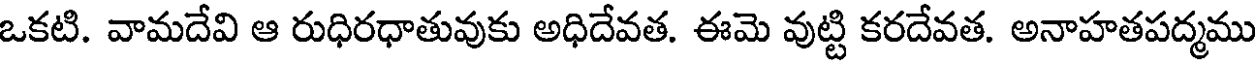
ఒకటి. వామదేవి ఆ రుధిరధాతువుకు అధిదేవత. ఈమె వుట్టి కరదేవత. అనాహతపద్మము